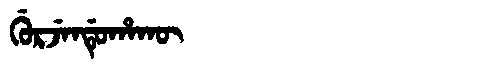
Manchu: ᡤᡠᡵᠵᡝᠨᡩᡠᡥᠠᡴᡡ
Romanization: GURJENDUHAKŪ